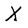
Character: X